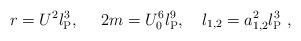
LaTeX: \begin{align*}r=U^2l_{\rm P}^3,\ \ \ \ 2m=U_0^6l_{\rm P}^9, \ \ \ \l_{1,2}=a_{1,2}^2l_{\rm P}^3 \ ,\end{align*}